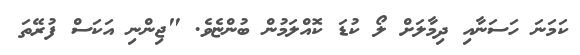
ކަމަނަ ހަސަނާއި ދިމާލަށް ލޯ ކުޑަ ކޮއްލަމުން ބުންޏެވެ. "ޖިންނި އަކަސް ފުރޭތަ